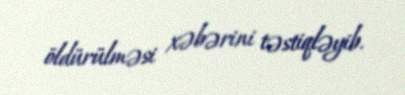
öldürülməsi xəbərini təstiqləyib.